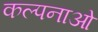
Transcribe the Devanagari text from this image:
कल्‍पनाओं